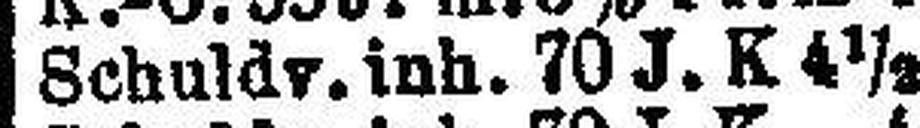
Schuldv. inh. 70 J. K 4½